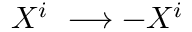
X ^ { i } ~ \longrightarrow - X ^ { i }